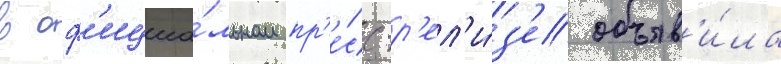
в оф'ициа́льном пр'е́сс-р'ел'и́з'е объяв'и́ла